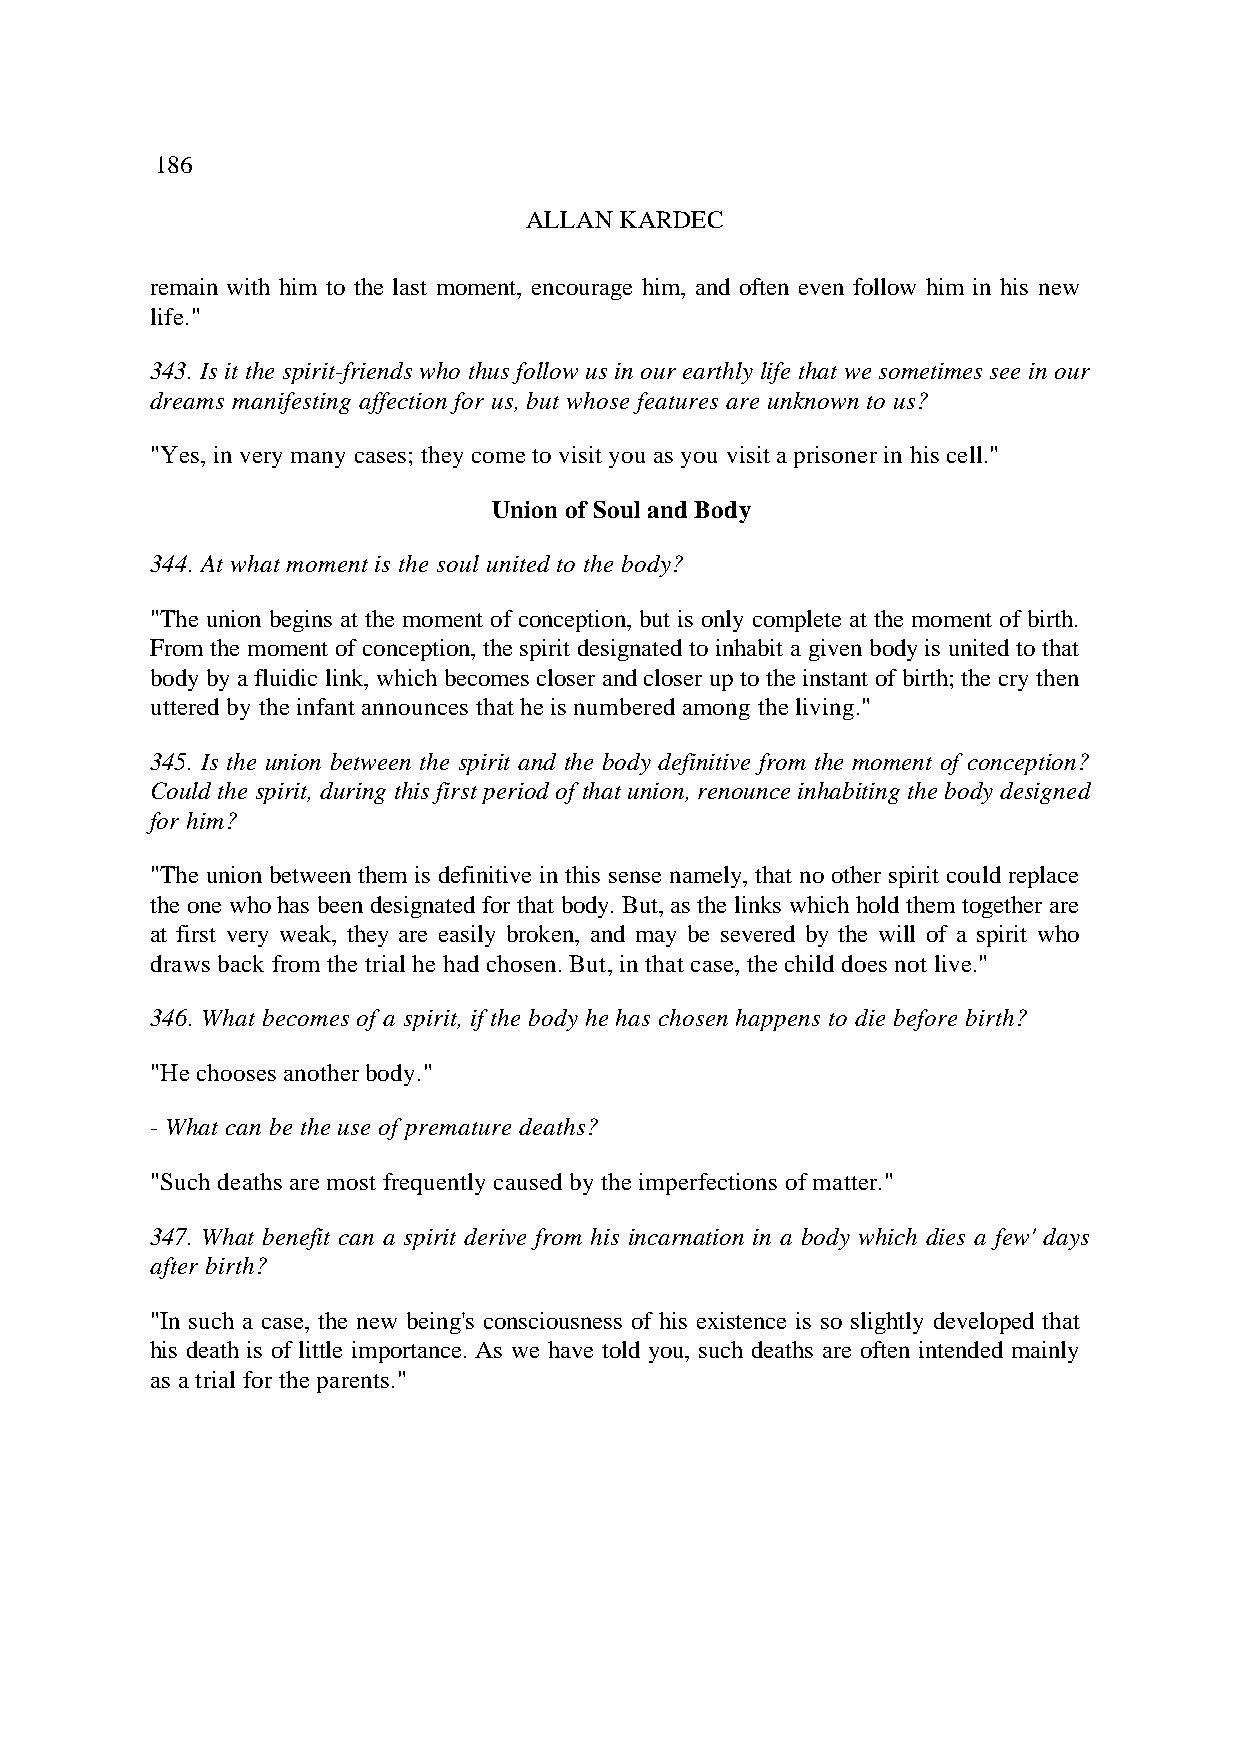
186
 ALLAN KARDEC
 remain with him to the last moment, encourage him, and often even follow him in his new
 life."
 343. Is it the spirit-friends who thus follow us in our earthly life that we sometimes see in our
 dreams manifesting affection for us, but whose features are unknown to us?
 "Yes, in very many cases; they come to visit you as you visit a prisoner in his cell."
 Union of Soul and Body
 344. At what moment is the soul united to the body?
 "The union begins at the moment of conception, but is only complete at the moment of birth.
 From the moment of conception, the spirit designated to inhabit a given body is united to that
 body by a fluidic link, which becomes closer and closer up to the instant of birth; the cry then
 uttered by the infant announces that he is numbered among the living."
 345. Is the union between the spirit and the body definitive from the moment of conception?
 Could the spirit, during this first period of that union, renounce inhabiting the body designed
 for him?
 "The union between them is definitive in this sense namely, that no other spirit could replace
 the one who has been designated for that body. But, as the links which hold them together are
 at first very weak, they are easily broken, and may be severed by the will of a spirit who
 draws back from the trial he had chosen. But, in that case, the child does not live."
 346. What becomes of a spirit, if the body he has chosen happens to die before birth?
 "He chooses another body."
 - What can be the use of premature deaths?
 "Such deaths are most frequently caused by the imperfections of matter."
 347. What benefit can a spirit derive from his incarnation in a body which dies a few' days
 after birth?
 "In such a case, the new being's consciousness of his existence is so slightly developed that
 his death is of little importance. As we have told you, such deaths are often intended mainly
 as a trial for the parents."